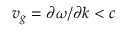
v _ { g } = \partial \omega / \partial k < c